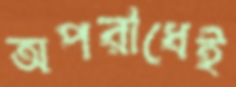
অপরাধেই